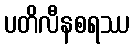
ပတိလီနစရဿ